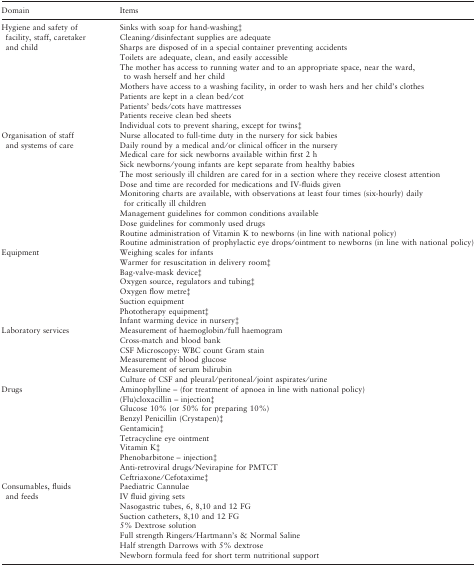
| Domain | Items |
 | --- | --- |
 | Hygiene and safety of facility, staff, caretaker and child | Sinks with soap for hand-washing‡ Cleaning/disinfectant supplies are adequate Sharps are disposed of in a special container preventing accidents Toilets are adequate, clean, and easily accessible The mother has access to running water and to an appropriate space, near the ward, to wash herself and her child Mothers have access to a washing facility, in order to wash hers and her child’s clothes Patients are kept in a clean bed/cot Patients’ beds/cots have mattresses Patients receive clean bed sheets Individual cots to prevent sharing, except for twins‡ |
 | Organisation of staff and systems of care | Nurse allocated to full-time duty in the nursery for sick babies Daily round by a medical and/or clinical officer in the nursery Medical care for sick newborns available within first 2 h Sick newborns/young infants are kept separate from healthy babies The most seriously ill children are cared for in a section where they receive closest attention Dose and time are recorded for medications and IV-fluids given Monitoring charts are available, with observations at least four times (six-hourly) daily for critically ill children Management guidelines for common conditions available Dose guidelines for commonly used drugs Routine administration of Vitamin K to newborns (in line with national policy) Routine administration of prophylactic eye drops/ointment to newborns (in line with national policy) |
 | Equipment | Weighing scales for infants Warmer for resuscitation in delivery room‡ Bag-valve-mask device‡ Oxygen source, regulators and tubing‡ Oxygen flow metre‡ Suction equipment Phototherapy equipment‡ Infant warming device in nursery‡ |
 | Laboratory services | Measurement of haemoglobin/full haemogram Cross-match and blood bank CSF Microscopy: WBC count Gram stain Measurement of blood glucose Measurement of serum bilirubin Culture of CSF and pleural/peritoneal/joint aspirates/urine |
 | Drugs | Aminophylline – (for treatment of apnoea in line with national policy) (Flu)cloxacillin – injection‡ Glucose 10% (or 50% for preparing 10%) Benzyl Penicillin (Crystapen)‡ Gentamicin‡ Tetracycline eye ointment Vitamin K‡ Phenobarbitone – injection‡ Anti-retroviral drugs/Nevirapine for PMTCT Ceftriaxone/Cefotaxime‡ |
 | Consumables, fluids and feeds | Paediatric Cannulae IV fluid giving sets Nasogastric tubes, 6, 8,10 and 12 FG Suction catheters, 8,10 and 12 FG 5% Dextrose solution Full strength Ringers/Hartmann’s & Normal Saline Half strength Darrows with 5% dextrose Newborn formula feed for short term nutritional support |